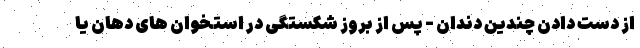
از دست دادن چندین دندان - پس از بروز شکستگی در استخوان های دهان یا